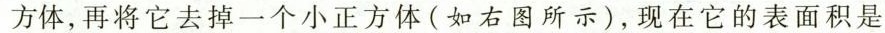
方体，再将它去掉一个小正方体(如右图所示)，现在它的表面积是